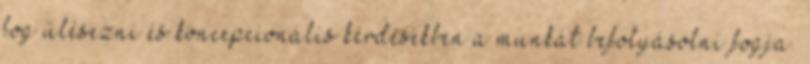
fog ülésezni és koncepcionális kérdésekben a munkát befolyásolni fogja.